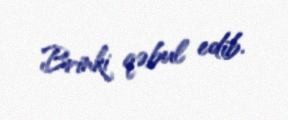
Brinki qəbul edib.